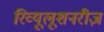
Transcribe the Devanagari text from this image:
रिव्यूलूशनरीज़